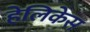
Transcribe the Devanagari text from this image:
हेलिकेस